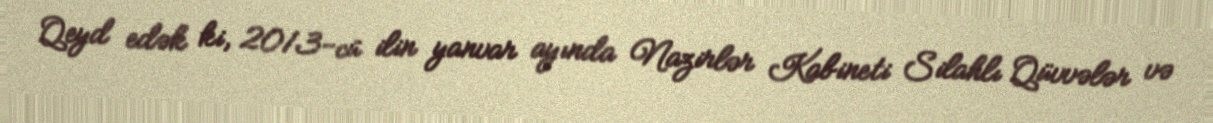
Qeyd edək ki, 2013-cü ilin yanvar ayında Nazirlər Kabineti Silahlı Qüvvələr və